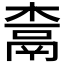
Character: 𰘇